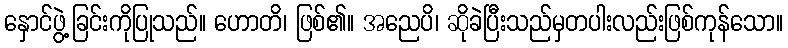
နှောင်ဖွဲ့ခြင်းကိုပြုသည်။ ဟောတိ၊ ဖြစ်၏။ အညေပိ၊ ဆိုခဲပြီးသည်မှတပါးလည်းဖြစ်ကုန်သော။